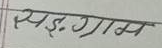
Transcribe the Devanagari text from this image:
स्य.ग्राम